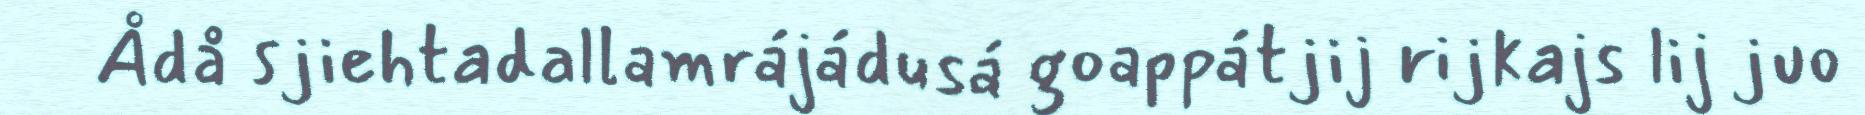
Ådå sjiehtadallamrájádusá goappátjij rijkajs lij juo